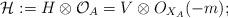
LaTeX: \begin{align*}\mathcal{H}:=H\otimes\mathcal{O}_{A}=V\otimes O_{X_{A}}(-m);\end{align*}